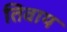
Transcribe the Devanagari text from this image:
तिवाय